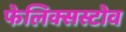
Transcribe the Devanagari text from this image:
फेलिक्सस्टोव